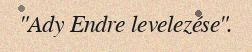
"Ady Endre levelezése".